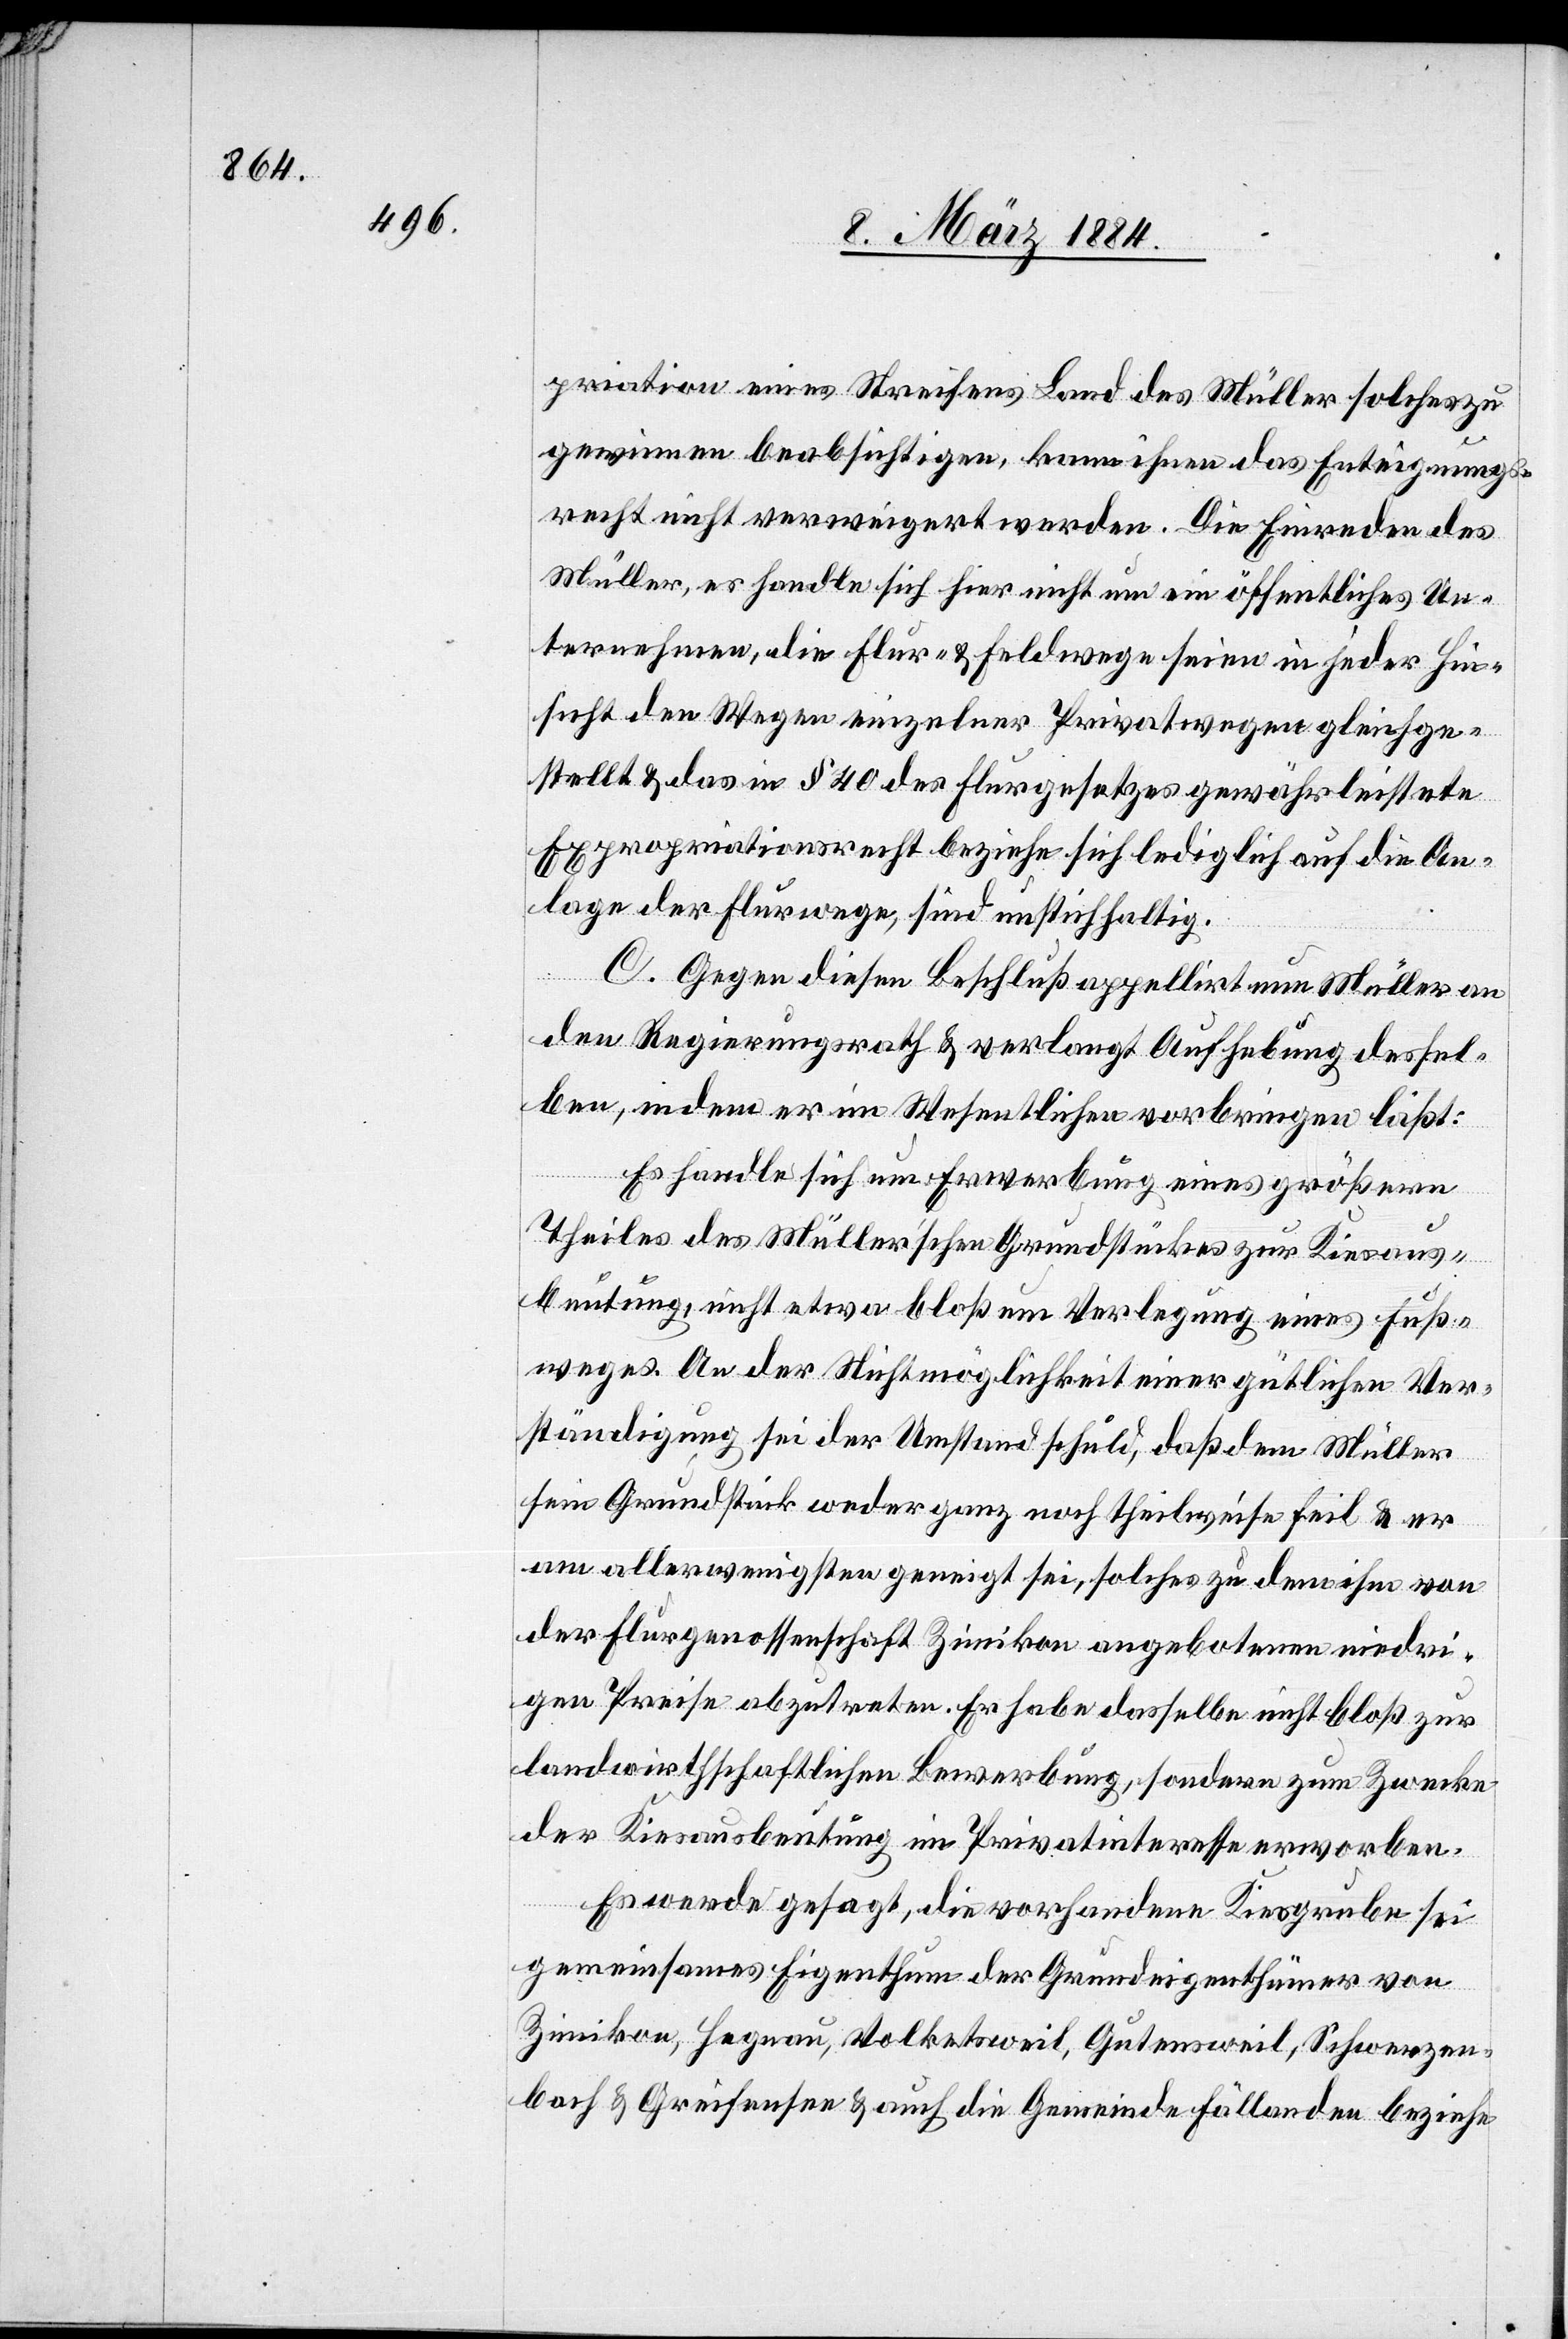
priation eines Streifens Land des Müller solches zu
gewinnen beabsichtigen, kann ihnen das Enteignungs¬
recht nicht verweigert werden. Die Einrede des
Müller, es handle sich hier nicht um ein öffentliches Un¬
ternehmen, die Flur- & Feldwege seien in jeder Hin¬
sicht den Wegen einzelner Privatwegen gleichge¬
stellt & das in § 40 des Flurgesetzes gewährleistete
Expropriationsrecht beziehe sich lediglich auf die An¬
lage der Flurwege, sind unstichhaltig
C. Gegen diesen Beschluß appelirt nun Müller an
den Regierungsrath & verlangt Aufhebung dessel¬
ben, indem er im Wesentlichen vorbringen läßt:
Es handle sich um Erwerbung eines größeren
Theiles des Müller’schen Grundstückes zur Kiesaus¬
beutung, nicht etwa bloß um Verlegung eines Fuß¬
weges. An der Nichtmöglichkeit einer gütlichen Ver¬
ständigung sei der Umstand schuld, daß dem Müller
sein Grundstück weder ganz noch theilweise feil & er
am allerwenigsten geneigt sei, solches zu dem ihm von
der Flurgenossenschaft Zimikon angebotene niedri¬
gen Preise abzutreten. Er habe dasselbe nicht bloß zur
landwirthschaftlichen Bewerbung, sondern zum Zwecke
der Kiesausbreitung im Privatinteresse erworben.
Es werde gesagt, die vorhandene Kiesgrube sei
gemeinsames Eigenthum der Grundeigenthümer von
Zimikon, Hegnau, Volketsweil, Gutensweil, Schwerzen¬
bach & Greifensee & auch die Gemeinde Fällanden beziehe